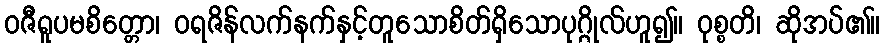
ဝဇီရူပမစိတ္တော၊ ဝရဇိန်လက်နက်နှင့်တူသောစိတ်ရှိသောပုဂ္ဂိုလ်ဟူ၍။ ဝုစ္စတိ၊ ဆိုအပ်၏။